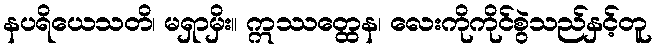
နပရိယေသတိ၊ မရှာမှိး။ ဣဿတ္ထေန၊ လေးကိုကိုင်စွဲသည်နှင့်တူ